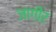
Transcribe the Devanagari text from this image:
जाग़ीर